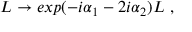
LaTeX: L \rightarrow e x p ( - i \alpha _ { 1 } - 2 i \alpha _ { 2 } ) L \ ,